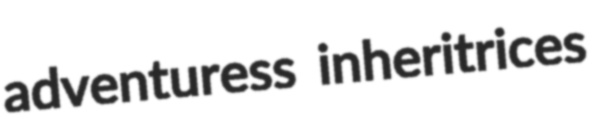
adventuress inheritrices